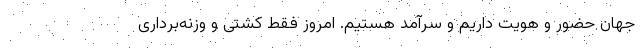
جهان حضور و هویت داریم و سرآمد هستیم. امروز فقط کشتی و وزنه‌برداری